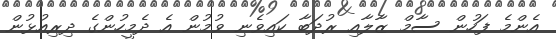
އެންމެ ފަހުން ސާމް ޒާލާއި ރުދަބާ ކައިވެނި ވުމުން އެ ދެމީހުންގެ ދިރިއުޅުން